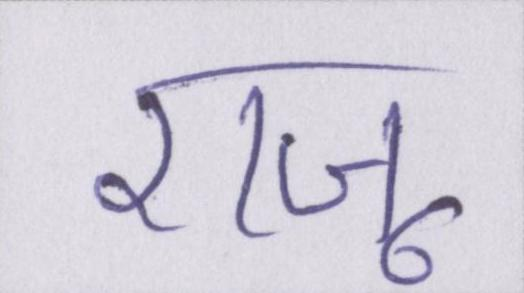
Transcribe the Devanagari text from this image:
राजू